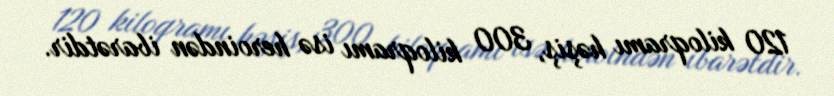
120 kiloqramı həşiş, 300 kiloqramı isə heroindən ibarətdir.